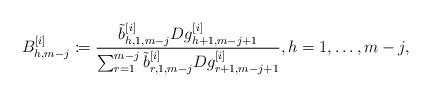
LaTeX: \begin{align*}B^{[i]}_{h,m-j}\coloneqq\frac{\tilde{b}^{[i]}_{h,1,m-j} D g^{[i]}_{h+1,m-j+1}}{\sum_{r=1}^{m-j} \tilde{b}^{[i]}_{r,1,m-j} D g^{[i]}_{r+1,m-j+1}}, h=1,\dots,m-j,\end{align*}